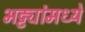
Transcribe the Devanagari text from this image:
भट्ट्यांमध्ये